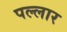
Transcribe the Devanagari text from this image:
पल्लार